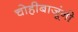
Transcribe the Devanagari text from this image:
चोहीबाजूंनी